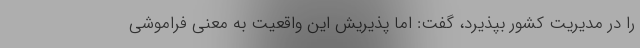
را در مدیریت کشور بپذیرد، گفت: اما پذیریش این واقعیت به معنی فراموشی